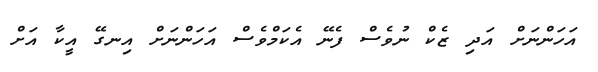
އަހަންނަށް އަދި ޒެކް ނުވެސް ފެނޭ އެކަމްވެސް އަހަންނަށް އިނގޭ އީކާ އަށް